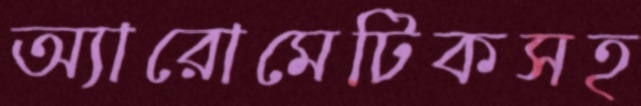
অ্যারোমেটিকসহ